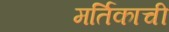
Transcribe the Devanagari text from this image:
मर्तिकाची